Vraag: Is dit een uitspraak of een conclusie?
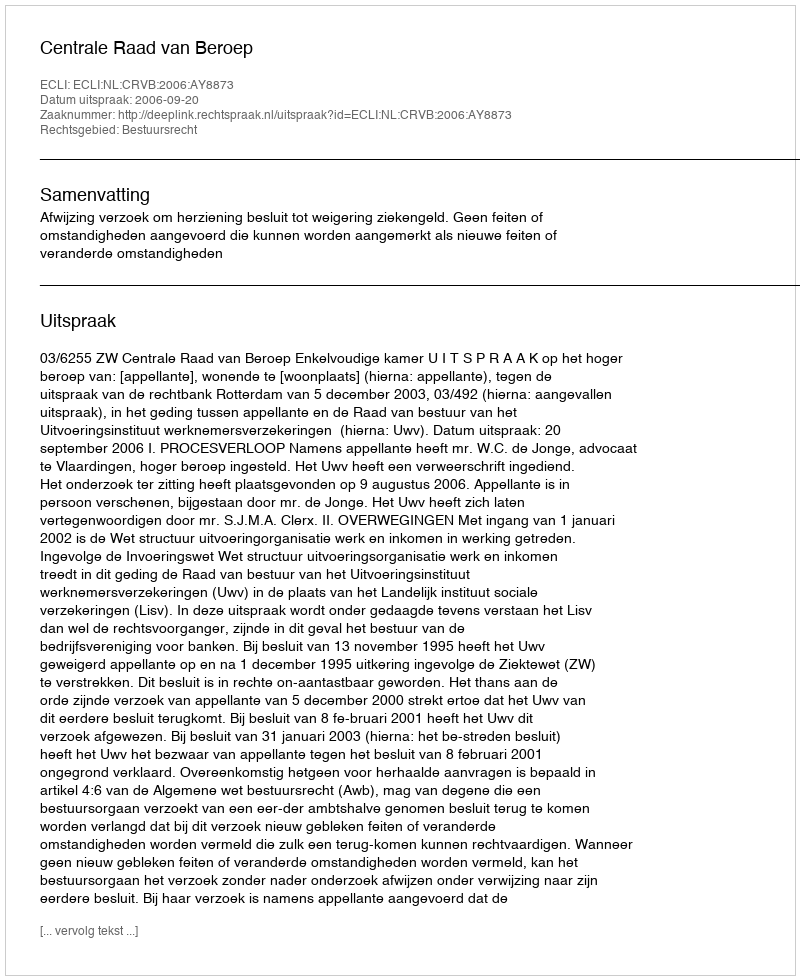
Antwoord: Uitspraak